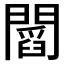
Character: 𨶒